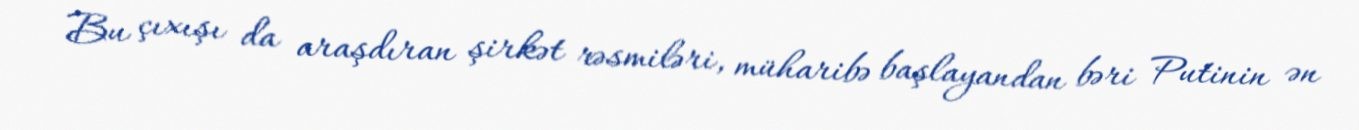
Bu çıxışı da araşdıran şirkət rəsmiləri, müharibə başlayandan bəri Putinin ən